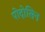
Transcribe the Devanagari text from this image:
पोदोसिन